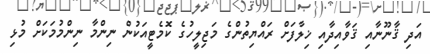
އަދި ޤާނޫނާއި ޤަވާއިދާއި ޚިލާފަށް ރައްޔިތުންގެ މަޖިލީހުގެ ކޮމެޓީއަކުން ނިންމާ ނިންމުމަކަށް މުޅި